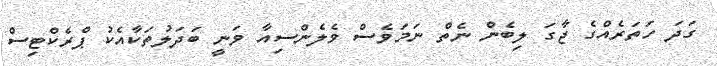
ގަދަ ހަތަރެއްގެ ޖާގަ ލިބެން ނެތް ނަމަވެސް ވެލެންސިއާ ވަނީ ބަދަލުތަކާއެކު ޕްރެކްޓިސް